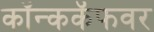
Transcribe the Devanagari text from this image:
कॉन्ककॅफवर